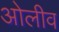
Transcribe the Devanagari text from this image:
ओलीव